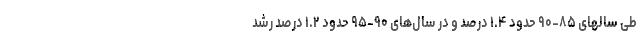
طی سالهای ۸۵-۹۰ حدود ۱.۴ درصد و در سال‌های ۹۰-۹۵ حدود ۱.۲ درصد رشد